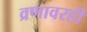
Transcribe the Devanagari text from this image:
व्रणावरही